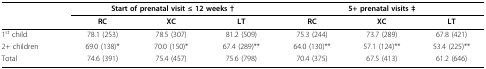
<table><thead><tr><td></td><td colspan="3"><b>Start of prenatal visit ≤ 12 weeks †</b></td><td colspan="3"><b>5+ prenatal visits ‡</b></td></tr><tr><td></td><td><b>RC</b></td><td><b>XC</b></td><td><b>LT</b></td><td><b>RC</b></td><td><b>XC</b></td><td><b>LT</b></td></tr></thead><tbody><tr><td>1<sup>st </sup>child</td><td>78.1 (253)</td><td>78.5 (307)</td><td>81.2 (509)</td><td>75.3 (244)</td><td>73.7 (289)</td><td>67.8 (421)</td></tr><tr><td>2+ children</td><td>69.0 (138)*</td><td>70.0 (150)*</td><td>67.4 (289)**</td><td>64.0 (130)**</td><td>57.1(124)**</td><td>53.4 (225)**</td></tr><tr><td>Total</td><td>74.6 (391)</td><td>75.4 (457)</td><td>75.6 (798)</td><td>70.4 (375)</td><td>67.5 (413)</td><td>61.2 (646)</td></tr></tbody></table>